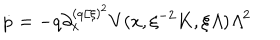
\dot { p } = - q { \textstyle \partial _ { x } ^ { ( q / \xi ) ^ { 2 } } } V ( x , \xi ^ { - 2 } K , \xi { \mit \Lambda } ) { \mit \Lambda } ^ { 2 }